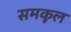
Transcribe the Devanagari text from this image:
समकूल